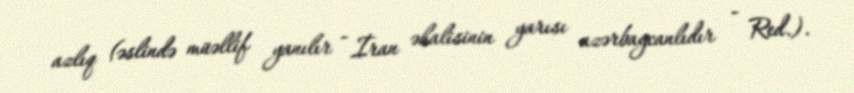
azlıq (əslində müəllif yanılır - İran əhalisinin yarısı azərbaycanlıdır - Red.).